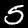
Digit: 5